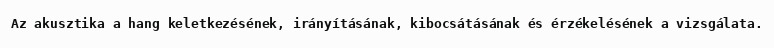
Az akusztika a hang keletkezésének, irányításának, kibocsátásának és érzékelésének a vizsgálata.